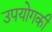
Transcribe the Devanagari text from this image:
उपयोगकी